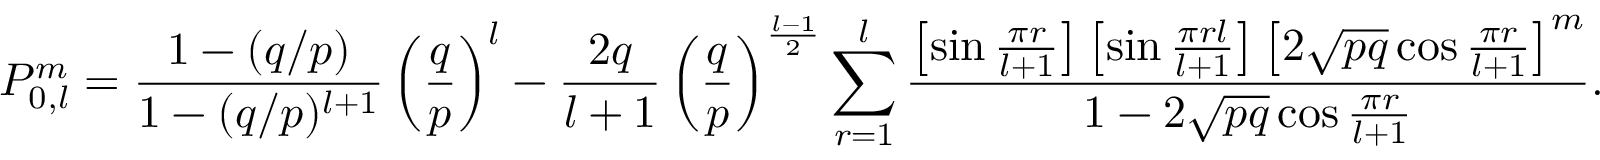
P _ { 0 , l } ^ { m } = \frac { 1 - ( q / p ) } { 1 - ( q / p ) ^ { l + 1 } } \left( \frac { q } { p } \right) ^ { l } - \frac { 2 q } { l + 1 } \left( \frac { q } { p } \right) ^ { \frac { l - 1 } { 2 } } \sum _ { r = 1 } ^ { l } \frac { \left[ \sin \frac { \pi r } { l + 1 } \right] \left[ \sin \frac { \pi r l } { l + 1 } \right] \left[ 2 \sqrt { p q } \cos \frac { \pi r } { l + 1 } \right] ^ { m } } { 1 - 2 \sqrt { p q } \cos \frac { \pi r } { l + 1 } } .